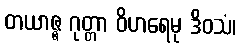
တယာဇ္ဇ ဂုတ္တာ ဝိဟရေမု ဒိဝသံ၊